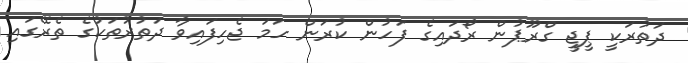
ދަތުރަކީ ޕީޖީ ގްރޫޕުން ރޯދައިގެ ފަހުން ކުރަން ހަމަ ޖެހިފައިވާ ދަތުރުތަކުގެ ތެރޭގައި